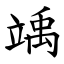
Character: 竬